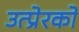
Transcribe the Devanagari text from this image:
उत्प्रेरको